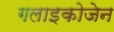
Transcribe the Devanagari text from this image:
गलाइकोजेन